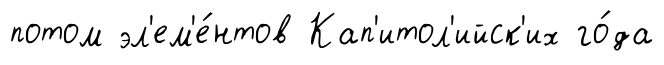
потом эл'ем'е́нтов Кап'итол'ийск'их го́да